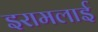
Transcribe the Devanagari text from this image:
इरामलाई